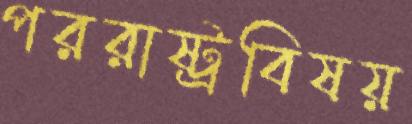
পররাষ্ট্রবিষয়